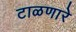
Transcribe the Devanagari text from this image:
टाळणारे